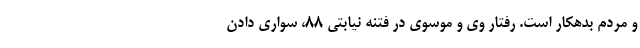
و مردم بدهکار است. رفتار وی و موسوی در فتنه نیابتی 88، سواری دادن